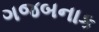
ગજબનાક